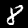
Label: 8